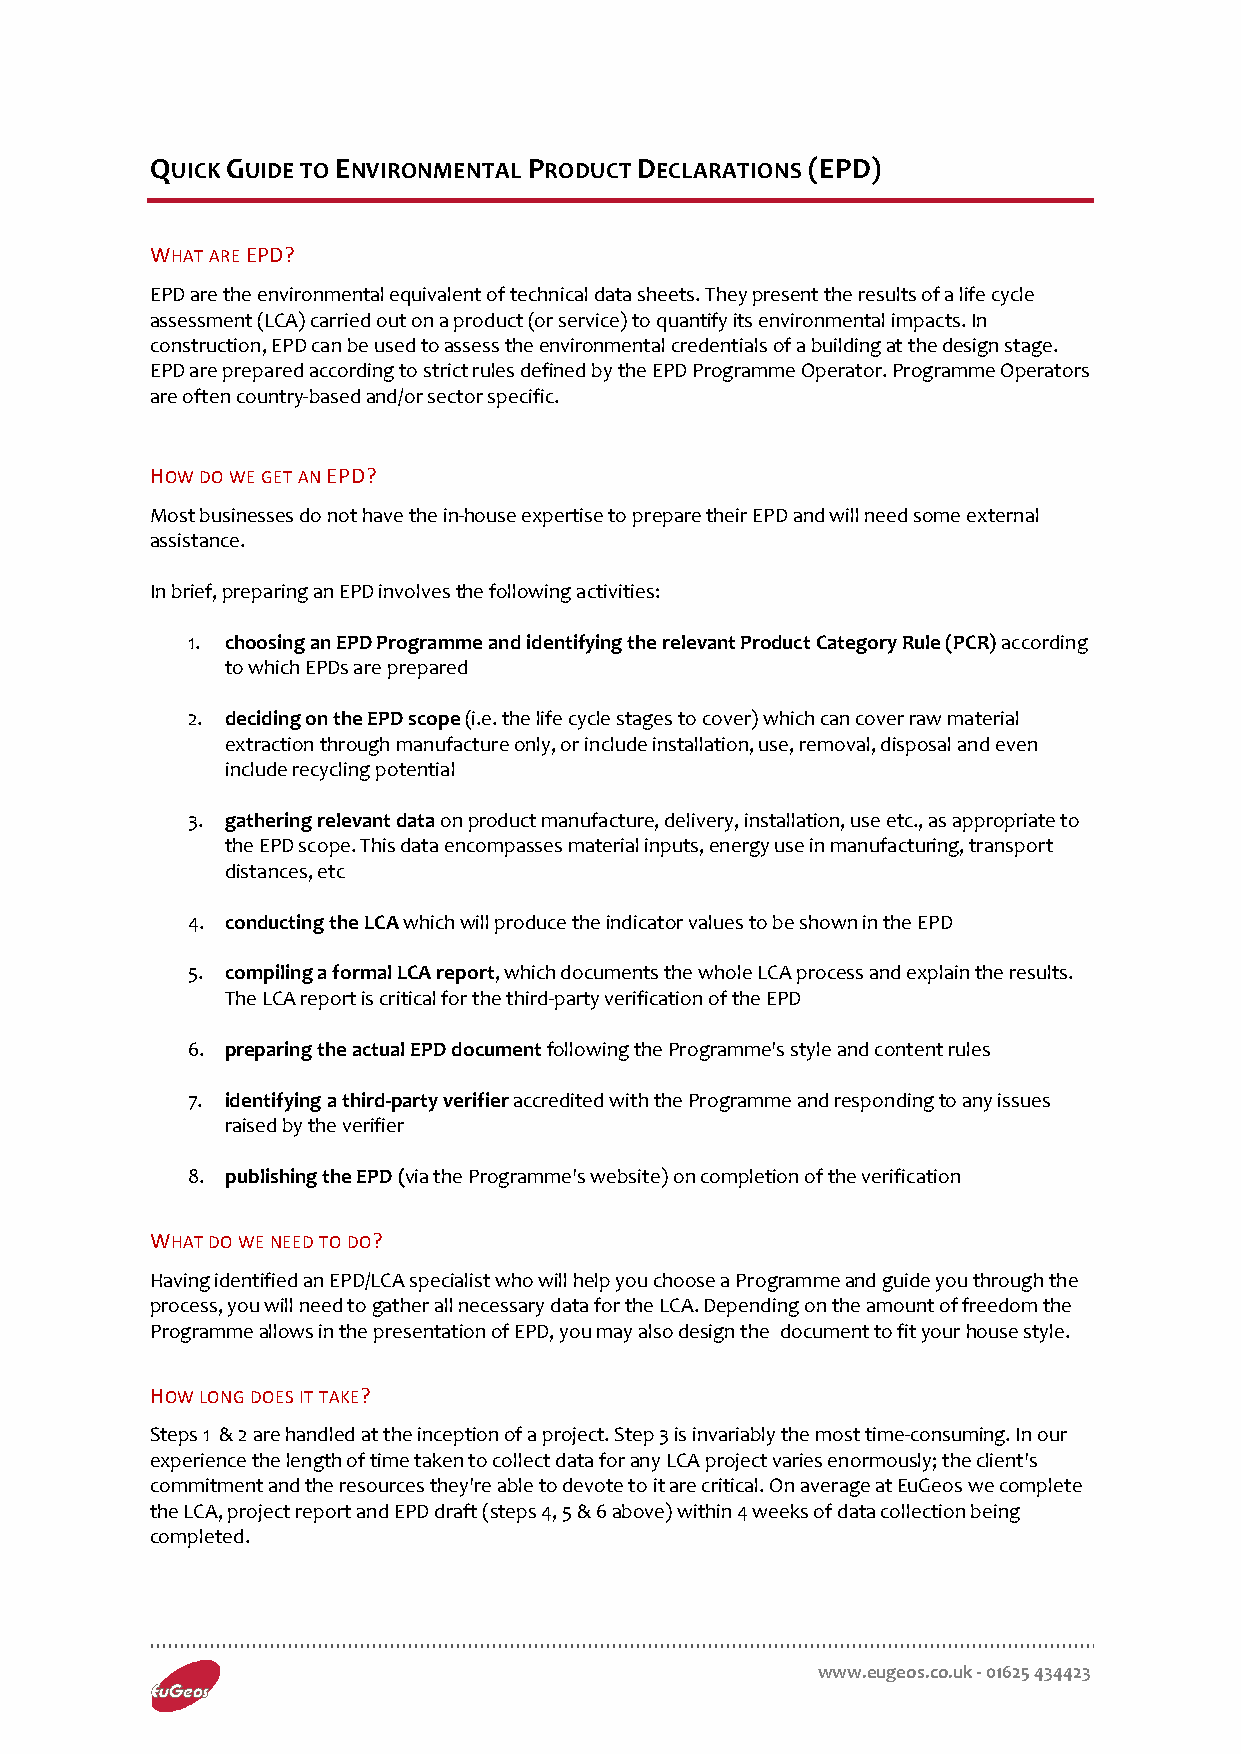
QUICK GUIDE TO ENVIRONMENTAL PRODUCT DECLARATIONS (EPD)
 WHAT ARE EPD?
 EPD are the environmental equivalent of technical data sheets. They present the results of a life cycle
 assessment (LCA) carried out on a product (or service) to quantify its environmental impacts. In
 construction, EPD can be used to assess the environmental credentials of a building at the design stage.
 EPD are prepared according to strict rules defined by the EPD Programme Operator. Programme Operators
 are often country-based and/or sector specific.
 HOW DO WE GET AN EPD?
 Most businesses do not have the in-house expertise to prepare their EPD and will need some external
 assistance.
 In brief, preparing an EPD involves the following activities:
 1. choosing an EPD Programme and identifying the relevant Product Category Rule (PCR) according
 to which EPDs are prepared
 2. deciding on the EPD scope (i.e. the life cycle stages to cover) which can cover raw material
 extraction through manufacture only, or include installation, use, removal, disposal and even
 include recycling potential
 3. gathering relevant data on product manufacture, delivery, installation, use etc., as appropriate to
 the EPD scope. This data encompasses material inputs, energy use in manufacturing, transport
 distances, etc
 4. conducting the LCA which will produce the indicator values to be shown in the EPD
 5. compiling a formal LCA report, which documents the whole LCA process and explain the results.
 The LCA report is critical for the third-party verification of the EPD
 6. preparing the actual EPD document following the Programme's style and content rules
 7. identifying a third-party verifier accredited with the Programme and responding to any issues
 raised by the verifier
 8. publishing the EPD (via the Programme's website) on completion of the verification
 WHAT DO WE NEED TO DO?
 Having identified an EPD/LCA specialist who will help you choose a Programme and guide you through the
 process, you will need to gather all necessary data for the LCA. Depending on the amount of freedom the
 Programme allows in the presentation of EPD, you may also design the document to fit your house style.
 HOW LONG DOES IT TAKE?
 Steps 1 & 2 are handled at the inception of a project. Step 3 is invariably the most time-consuming. In our
 experience the length of time taken to collect data for any LCA project varies enormously; the client's
 commitment and the resources they're able to devote to it are critical. On average at EuGeos we complete
 the LCA, project report and EPD draft (steps 4, 5 & 6 above) within 4 weeks of data collection being
 completed.
 www.eugeos.co.uk - 01625 434423